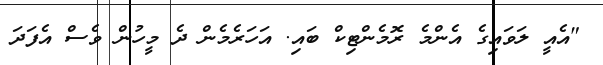
"އެއީ ލަވައިގެ އެންމެ ރޮމެންޓިކް ބައި. އަހަރެމެން ދެ މީހުން ވެސް އެފަދަ